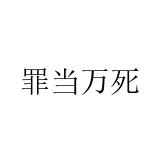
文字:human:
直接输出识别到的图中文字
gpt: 罪当万死